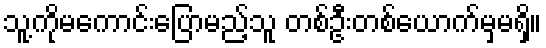
သူ့ကိုမကောင်းပြောမည့်သူ တစ်ဦးတစ်ယောက်မှမရှိ။